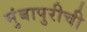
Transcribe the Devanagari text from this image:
मुंबापुरीची